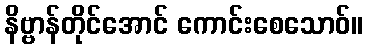
နိဗ္ဗာန်တိုင်အောင် ကောင်းစေသောဝ်။